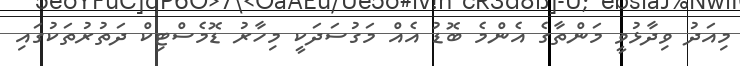
މިއަދު ވިދާޅުވީ މަންތާގެ އެންމެ ބޮޑު އެއް މަގުސަދަކީ މިހާރު ޑޮމެސްޓިިކް ދަތުރުތަކުގައި